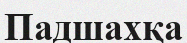
Падшахқа